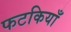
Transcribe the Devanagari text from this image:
फटकियाँ